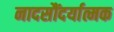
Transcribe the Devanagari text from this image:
नादसौंदर्यात्मक